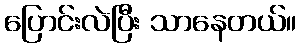
ပြောင်းလဲပြီး သာနေတယ်။